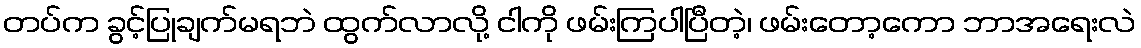
တပ်က ခွင့်ပြုချက်မရဘဲ ထွက်လာလို့ ငါကို ဖမ်းကြပါပြီတဲ့၊ ဖမ်းတော့ကော ဘာအရေးလဲ